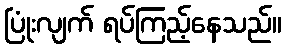
ပြုံးလျက် ရပ်ကြည့်နေသည်။